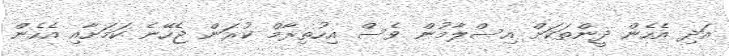
އަދި އެހެން ދީންތަކަށް އިސްލާމުން ވެސް އިހުތިރާމް ކުރަން ޖެހޭނެ ކަމަށާއި އެހެން